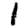
Digit: 1